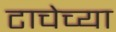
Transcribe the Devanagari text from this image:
टाचेच्या